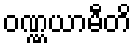
ဝဏ္ဏယာမီတိ